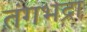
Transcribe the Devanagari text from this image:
तंगभद्रा